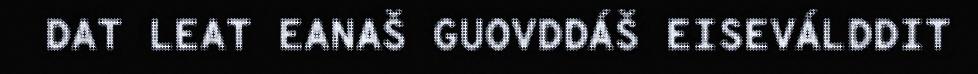
DAT LEAT EANAŠ GUOVDDÁŠ EISEVÁLDDIT